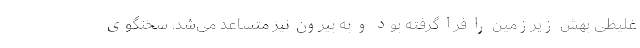
غلیظی بهش زیرزمین را فرا گرفته بود و به بیرون نیز متساعد می‌شد. سخنگوی